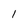
Character: I